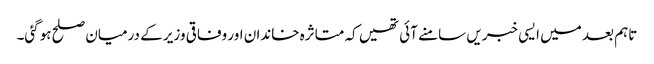
تاہم بعد میں ایسی خبریں سامنے آئی تھیں کہ متاثرہ خاندان اور وفاقی وزیر کے درمیان صلح ہوگئی۔